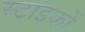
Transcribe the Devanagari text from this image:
स्ट्राइकों